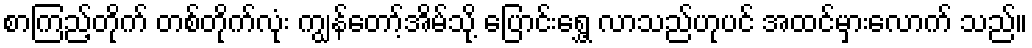
စာကြည့်တိုက် တစ်တိုက်လုံး ကျွန်တော့်အိမ်သို့ ပြောင်းရွှေ့ လာသည်ဟုပင် အထင်မှားလောက် သည်။